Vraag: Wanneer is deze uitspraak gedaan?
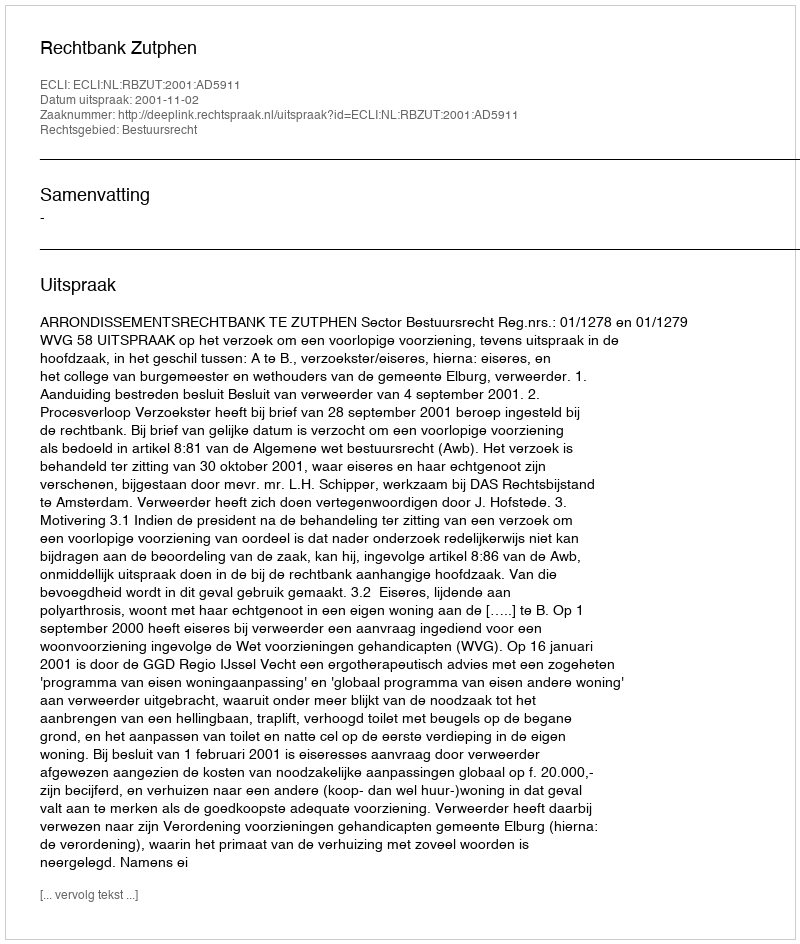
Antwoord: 2001-11-02